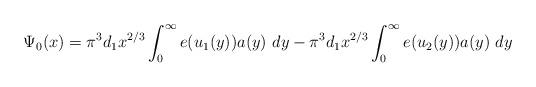
LaTeX: \begin{align*}\Psi_0(x) = \pi^3 d_1 x^{{2}/{3}} \int_0^\infty e(u_1(y))a(y)~dy -\pi^3 d_1 x^{{2}/{3}} \int_0^\infty e(u_2(y))a(y)~dy \end{align*}